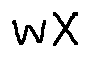
w X